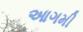
આગમી